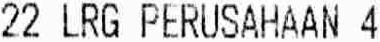
22 LRG PERUSAHAAN 4